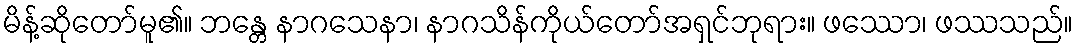
မိန့်ဆိုတော်မူ၏။ ဘန္တေ နာဂသေနာ၊ နာဂသိန်ကိုယ်တော်အရှင်ဘုရား။ ဖဿော၊ ဖဿသည်။